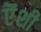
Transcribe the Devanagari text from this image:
ऎंशी